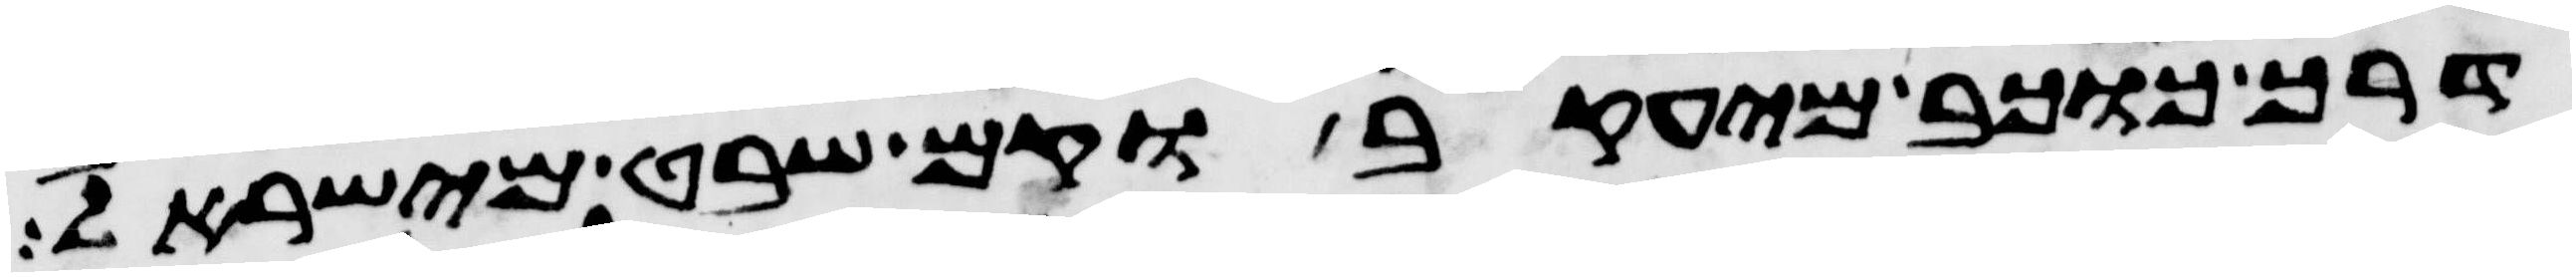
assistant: דרך כוכב מיעקב וקם שבט מישראל